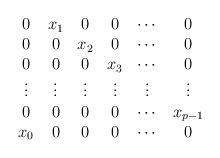
LaTeX: \begin{align*}\begin{array}{cccccc}0&x_1&0&0&\cdots &0\\0&0&x_2&0&\cdots &0\\0&0&0&x_3&\cdots &0\\\vdots&\vdots&\vdots&\vdots&\vdots&\vdots\\0&0&0&0&\cdots &x_{p-1}\\x_0&0&0&0&\cdots &0\end{array}\end{align*}